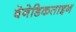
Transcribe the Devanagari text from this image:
बेनेडिकताइन